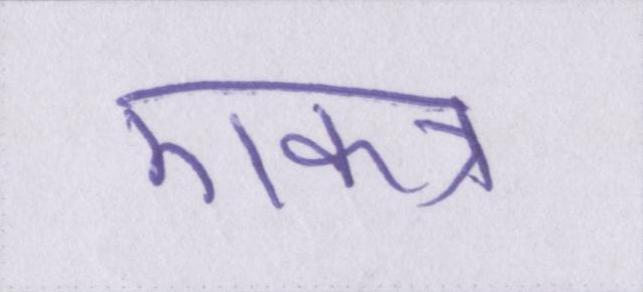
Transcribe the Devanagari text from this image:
एकत्र